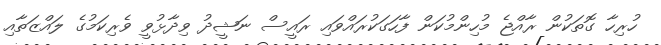
ހުރިހާ ގޮތަކުން ރާއްޖެ މުހިންމުކަން ފާހަގަކުރައްވައި ރައީސް ނަޝީދު ވިދާޅުވީ ވެރިކަމުގެ ލައްޒަތާއި